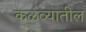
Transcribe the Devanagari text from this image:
कळव्यातील